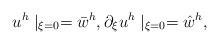
LaTeX: \begin{align*}u^h\mid_{\xi=0}=\bar{w}^h,\partial_{\xi}u^h\mid_{\xi=0}=\hat{w}^h,\end{align*}